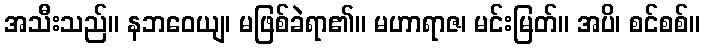
အသီးသည်။ နဘဝေယျ၊ မဖြစ်ခဲရာ၏။ မဟာရာဇ၊ မင်းမြတ်။ အပိ၊ စင်စစ်။